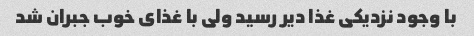
با وجود نزدیکی غذا دیر رسید ولی با غذای خوب جبران شد